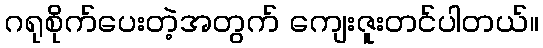
ဂရုစိုက်ပေးတဲ့အတွက် ကျေးဇူးတင်ပါတယ်။